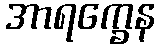
အာရက္ခေန